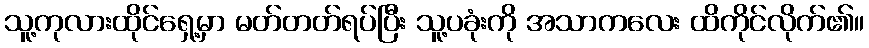
သူ့ကုလားထိုင်ရှေ့မှာ မတ်တတ်ရပ်ပြီး သူ့ပခုံးကို အသာကလေး ထိကိုင်လိုက်၏။